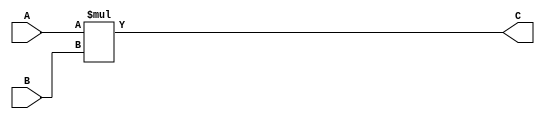
module unsigned_multiplier(
    input [7:0] A,
    input [7:0] B,
    output [15:0] C
);

reg [15:0] product;

always @(*) begin
    product = A * B;
end

assign C = product;

endmodule